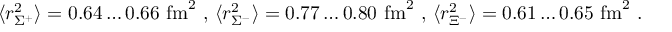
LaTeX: \langle r _ { \Sigma ^ { + } } ^ { 2 } \rangle = 0 . 6 4 \ldots 0 . 6 6 ~ \mathrm { f m } ^ { 2 } ~ , \, \langle r _ { \Sigma ^ { - } } ^ { 2 } \rangle = 0 . 7 7 \ldots 0 . 8 0 ~ \mathrm { f m } ^ { 2 } ~ , \, \langle r _ { \Xi ^ { - } } ^ { 2 } \rangle = 0 . 6 1 \ldots 0 . 6 5 ~ \mathrm { f m } ^ { 2 } ~ .